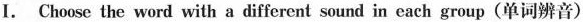
I. Choose the word with a different sound in each group(单词辨音)